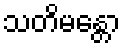
သတိမန္တော